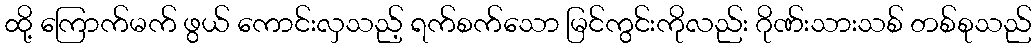
ထို့ ကြောက်မက် ဖွယ် ကောင်းလှသည့် ရက်စက်သော မြင်ကွင်းကိုလည်း ဂိုဏ်းသားသစ် တစ်စုသည်